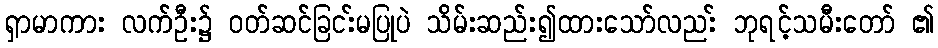
ရှာမာကား လက်ဦး၌ ဝတ်ဆင်ခြငး်မပြုပဲ သိမ်းဆည်း၍ထားသော်လညး် ဘုရင့်သမီးတော် ၏